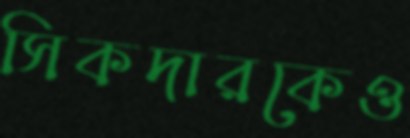
সিকদারকেও